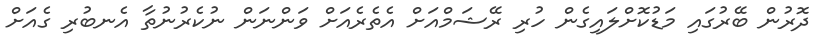
ދޮރުން ބޭރުގައި މަޑުކޮށްލައިގެން ހުރި ރޭޝަމްއަށް އެތެރެއަށް ވަންނަން ނުކެރުނުތާ އެނބުރި ގެއަށް